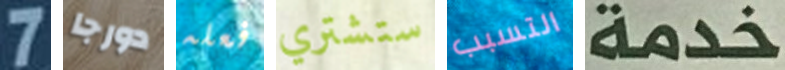
7 دورجا فعله ستشتري التسبب خدمة